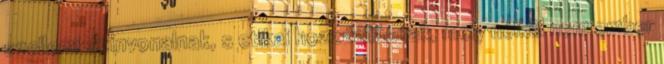
szellemi színvonalnak, s etikai hozzáállásnak, mely nélkül nem ember